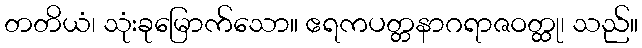
တတိယံ၊ သုံးခုမြောက်သော။ ဧရကပတ္တနာဂရာဇဝတ္ထု၊ သည်။